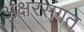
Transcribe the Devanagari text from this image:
अक्षरसंगत